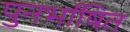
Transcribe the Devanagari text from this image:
पुनर्भाषित